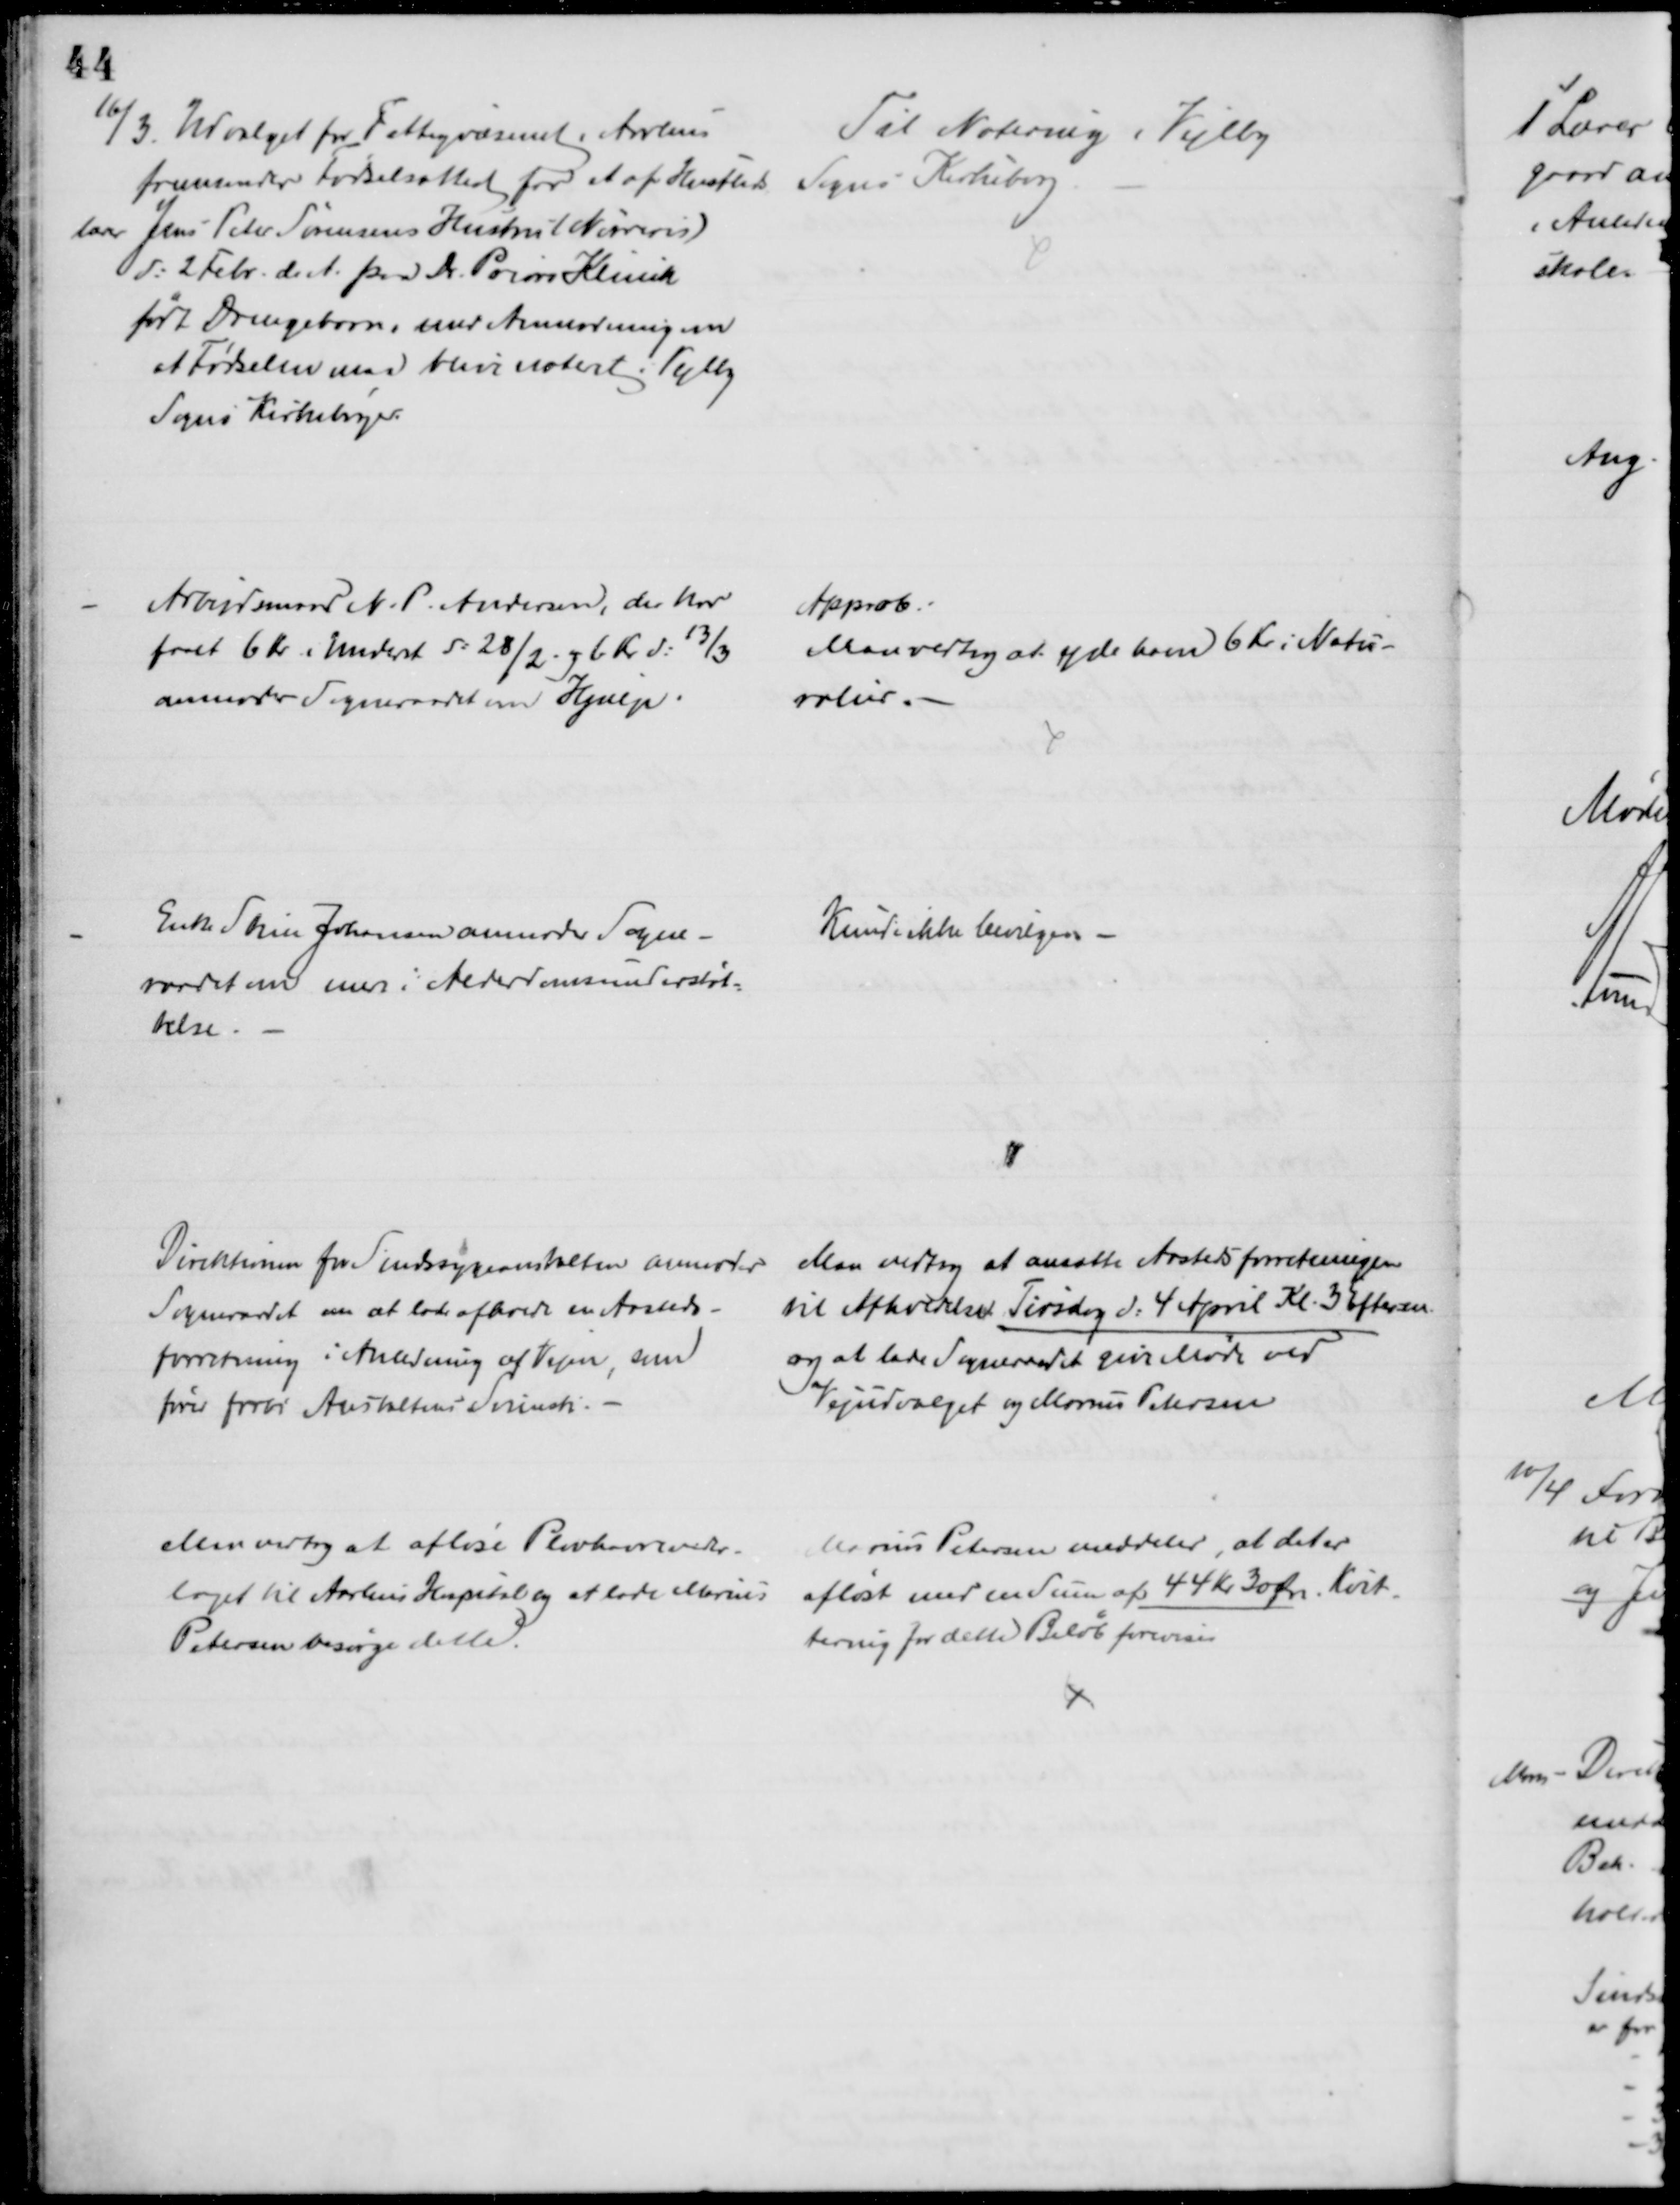
Transskription:
16/3. Udvalget for Fattigvæsenet i Aarhus
fremsender Fødselsattest for et af Husflids
lærer Jens Peter Sørensens Hustru (Nørreris)
d: 2 Febr. d. A. paa Dr. Priors Klinik
født Drengebarn, med Anmodningen
at Fødselen maa blive notert i Vejlby
Sogns Kirkebøger.
Til Notering i Vejlby
Sogns Kirkebog
Arbejdsmand N. P. Andersen, der har
faaet 6 Kr i Underst d: 28/2 og 6 Kr d: 13/3
anmoder Sogneraadet om Hjælp.
Approb:
Man vedtog at yde ham 6 Kr. i Natu-
ralier.
Enke Sørin Johansen anmoder Sogne-
raadet om mer i Alderdomsunderstøt-
telse.
Kunde ikke bevilges 
Direktionen for Sindssygeanstalten anmoder
Sogneraadet om at lade afholde en Aasteds-
forretning i Anledning af Vejen, som
fører forbi Anstaltens Svinesti.
Man vedtog at ansætte Aastedsforretningen
til Afholdelse Tirsdag d. 4 April Kl. 3 Efterm.
og at lade Sogneraadet give Møde ved
Vejudvalget og Marius Petersen
Man vedtog at afløse Plovhavreveder-
laget til Aarhus Hospital og at lade Marius
Petersen besørge dette.
Marius Petersen meddeler, at det er
afløst med en Sum af 44 Kr. 30 Øre. Kvit-
tering for dette Beløb forevises